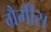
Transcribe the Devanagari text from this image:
ग्रैमीस